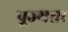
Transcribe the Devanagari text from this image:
पूज्यता